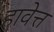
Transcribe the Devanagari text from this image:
हावेत्त